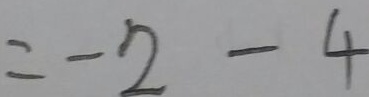
= - 2 - 4